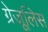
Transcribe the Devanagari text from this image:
ग्रेजूलिस